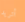
أتريد